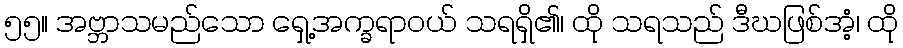
၅၅။ အဗ္ဘာသမည်သော ရှေ့အက္ခရာဝယ် သရရှိ၏၊ ထို သရသည် ဒီဃဖြစ်အံ့၊ ထို